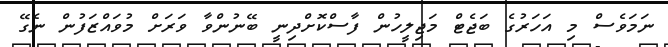
ނަމަވެސް މި އަހަރުގެ ބަޖެޓް މަޖިލީހުން ފާސްކޮށްދިނީ ބޭނުންވާ ވަރަށް މުވައްޒަފުން ނެގޭ